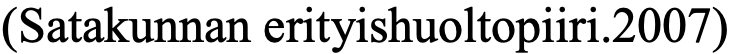
(Satakunnan erityishuoltopiiri.2007)